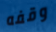
وقفه